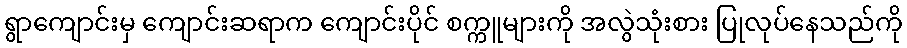
ရွာကျောင်းမှ ကျောင်းဆရာက ကျောင်းပိုင် စက္ကူများကို အလွဲသုံးစား ပြုလုပ်နေသည်ကို